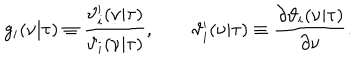
g _ { i } ( \nu | \tau ) \equiv { \frac { \vartheta _ { i } ^ { \prime } ( \nu | \tau ) } { \vartheta _ { i } ( \nu | \tau ) } } , \qquad \vartheta _ { i } ^ { \prime } ( \nu | \tau ) \equiv { \frac { \partial \vartheta _ { i } ( \nu | \tau ) } { \partial \nu } } .